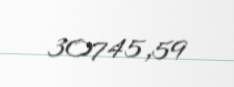
30745,59